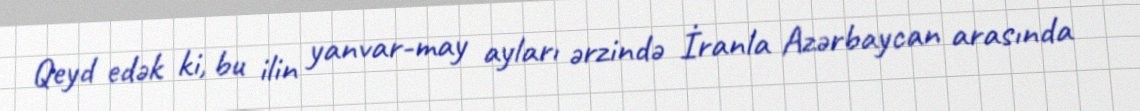
Qeyd edək ki, bu ilin yanvar-may ayları ərzində İranla Azərbaycan arasında